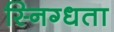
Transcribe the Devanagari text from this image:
स्निग्‍धता